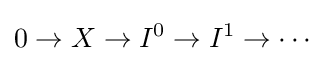
0\rightarrow X\rightarrow I^{0}\rightarrow I^{1}\rightarrow \cdots